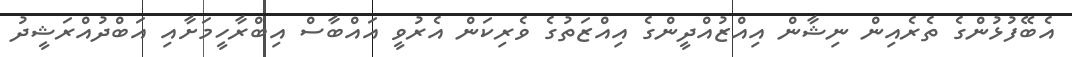
އެބޭފުޅުންގެ ތެރެއިން ނިޝާން އިއްޒުއްދީންގެ އިއްޒަތުގެ ވެރިކަން އެރުވީ އައްބާސް އިބްރާހީމަށާއި އަބްދުއްރަޝީދު